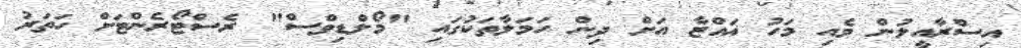
އިސްރާއީލުން މެއި މަހު ޣައްޒާ އަށް ދިން ހަމަލާތަކުގައި "މޯލްޑިވްސް" ރެސްޓޯރެންޓަށް ހަތަރު